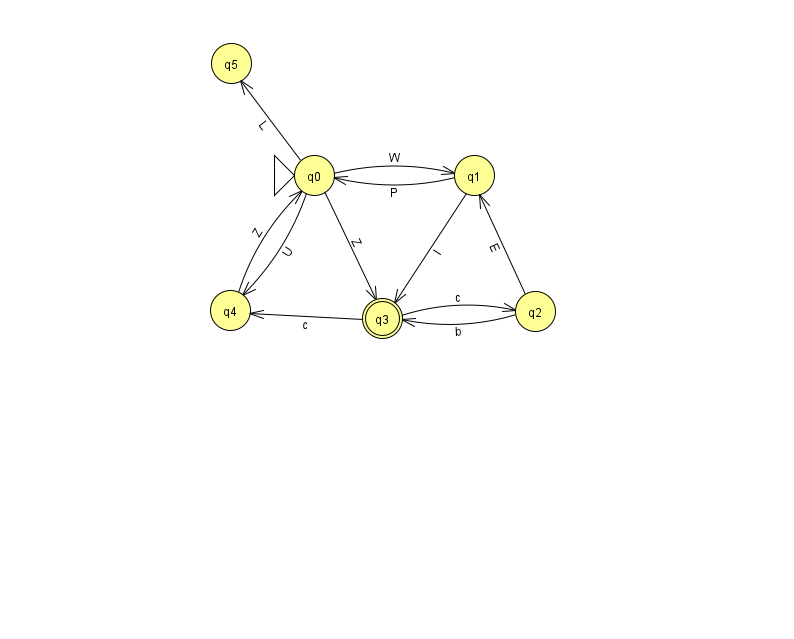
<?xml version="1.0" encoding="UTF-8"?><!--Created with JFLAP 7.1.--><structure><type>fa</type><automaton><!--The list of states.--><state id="0" name="q0"><x>314.0</x><y>162.0</y><initial/></state><state id="1" name="q1"><x>474.0</x><y>162.0</y></state><state id="2" name="q2"><x>535.0</x><y>298.0</y></state><state id="3" name="q3"><x>382.0</x><y>305.0</y><final/></state><state id="4" name="q4"><x>230.0</x><y>297.0</y></state><state id="5" name="q5"><x>231.0</x><y>50.0</y></state><!--The list of transitions.--><transition><from>0</from><to>5</to><read>L</read></transition><transition><from>1</from><to>0</to><read>P</read></transition><transition><from>0</from><to>1</to><read>W</read></transition><transition><from>3</from><to>4</to><read>c</read></transition><transition><from>0</from><to>4</to><read>U</read></transition><transition><from>4</from><to>0</to><read>Z</read></transition><transition><from>1</from><to>3</to><read>l</read></transition><transition><from>2</from><to>3</to><read>b</read></transition><transition><from>2</from><to>1</to><read>E</read></transition><transition><from>3</from><to>2</to><read>c</read></transition><transition><from>0</from><to>3</to><read>Z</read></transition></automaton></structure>